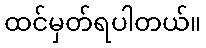
ထင်မှတ်ရပါတယ်။